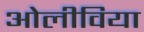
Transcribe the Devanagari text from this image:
ओलीविया